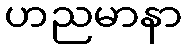
ဟညမာနာ